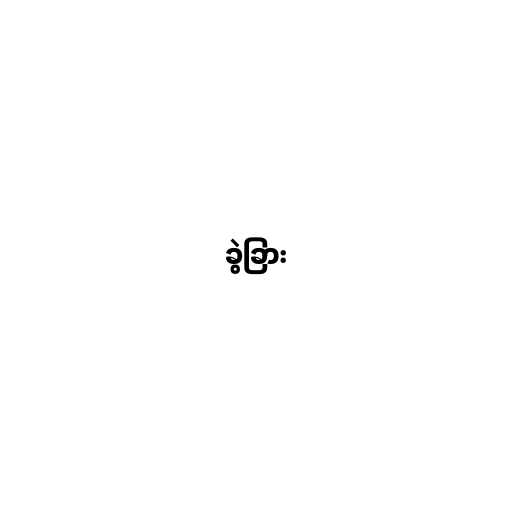
ခွဲခြား